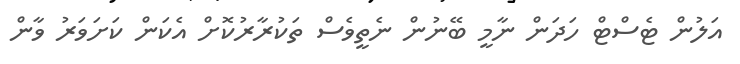
އަލުން ޓެސްޓް ހަދަން ނާމީ ބޭނުން ނެތީވެސް ތަކުރާރުކޮށް އެކަން ކަށަވަރު ވާން